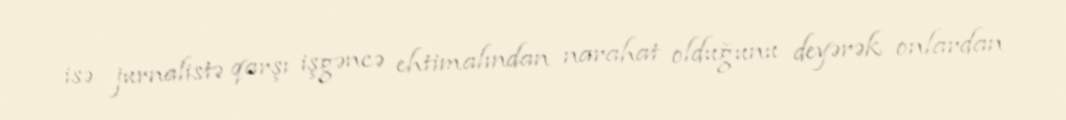
isə jurnalistə qarşı işgəncə ehtimalından narahat olduğunu deyərək onlardan